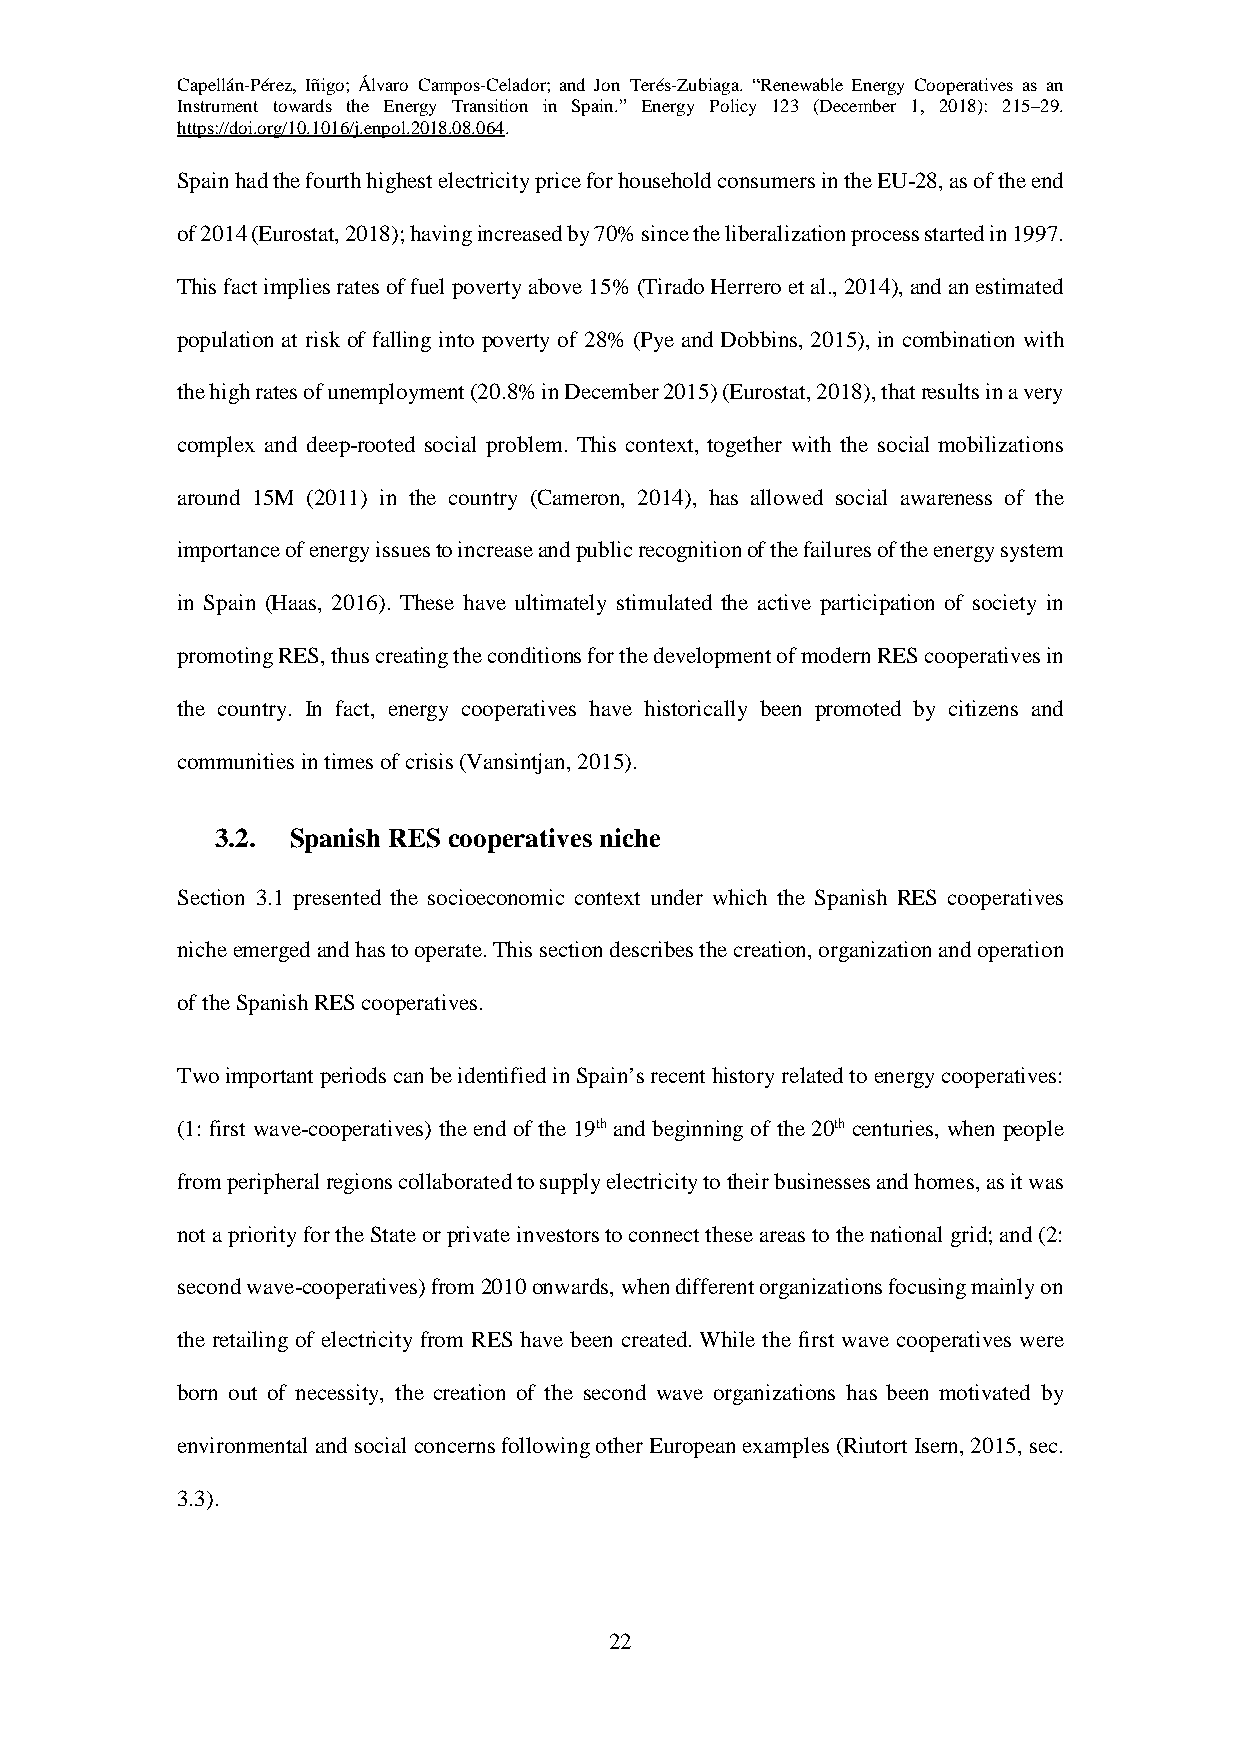
Capellán-Pérez, Iñigo; Álvaro Campos-Celador; and Jon Terés-Zubiaga. “Renewable Energy Cooperatives as an
 Instrument towards the Energy Transition in Spain.” Energy Policy 123 (December 1, 2018): 215–29.
 https://doi.org/10.1016/j.enpol.2018.08.064.
 Spain had the fourth highest electricity price for household consumers in the EU-28, as of the end
 of 2014 (Eurostat, 2018); having increased by 70% since the liberalization process started in 1997.
 This fact implies rates of fuel poverty above 15% (Tirado Herrero et al., 2014), and an estimated
 population at risk of falling into poverty of 28% (Pye and Dobbins, 2015), in combination with
 the high rates of unemployment (20.8% in December 2015) (Eurostat, 2018), that results in a very
 complex and deep-rooted social problem. This context, together with the social mobilizations
 around 15M (2011) in the country (Cameron, 2014), has allowed social awareness of the
 importance of energy issues to increase and public recognition of the failures of the energy system
 in Spain (Haas, 2016). These have ultimately stimulated the active participation of society in
 promoting RES, thus creating the conditions for the development of modern RES cooperatives in
 the country. In fact, energy cooperatives have historically been promoted by citizens and
 communities in times of crisis (Vansintjan, 2015).
 3.2. Spanish RES cooperatives niche
 Section 3.1 presented the socioeconomic context under which the Spanish RES cooperatives
 niche emerged and has to operate. This section describes the creation, organization and operation
 of the Spanish RES cooperatives.
 Two important periods can be identified in Spain’s recent history related to energy cooperatives:
 (1: first wave-cooperatives) the end of the 19th and beginning of the 20th centuries, when people
 from peripheral regions collaborated to supply electricity to their businesses and homes, as it was
 not a priority for the State or private investors to connect these areas to the national grid; and (2:
 second wave-cooperatives) from 2010 onwards, when different organizations focusing mainly on
 the retailing of electricity from RES have been created. While the first wave cooperatives were
 born out of necessity, the creation of the second wave organizations has been motivated by
 environmental and social concerns following other European examples (Riutort Isern, 2015, sec.
 3.3).
 22